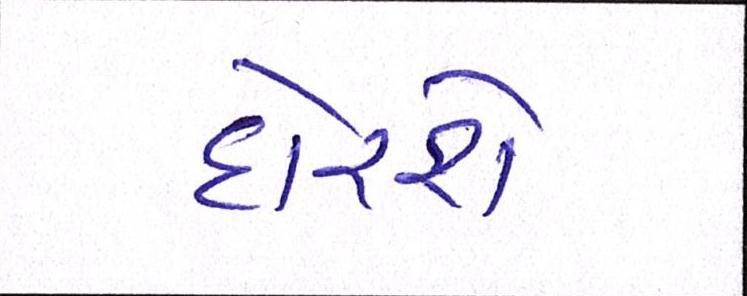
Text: દોરશે